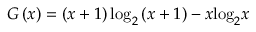
G \left( x \right) = \left( x + 1 \right) { { \log } _ { 2 } } \left( x + 1 \right) - x { { \log } _ { 2 } } x